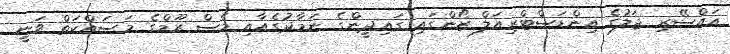
އައްސޭރި ޖަލުގެ އިންޑަސްޓްރިއަލް ޒޯންގައި ގައިދީންގެ ނަމާދުގެއާއި މެސް ރޫމްގެ މަސައްކަތް ވަނީ